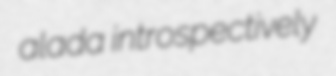
alada introspectively